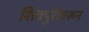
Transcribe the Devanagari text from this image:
शिवपुरीवरून